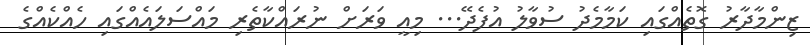
ޒިންމާދާރު ގޮތެއްގައި ކަމާމެދު ސުވާލު އުފެދޭ... މިއީ ވަރަށް ނުރައްކާތެރި މައްސަލައެއްގައި ހެއްކެއްގެ